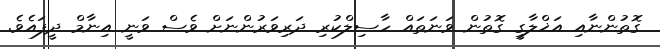
ގޮތުންނާއި އަޚްލާގީ ގޮތުން ވަނަތައް ހާސިލްކުރި ދަރިވަރުންނަށް ވެސް ވަނީ އިނާމް ދީފައެވެ.